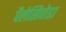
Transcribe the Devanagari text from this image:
पैलेसिपोडा